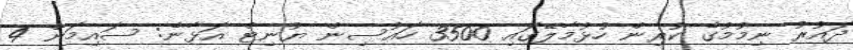
ދައުރު ނިމުމުގެ ކުރިން ހުޅުމާލޭގައި 3500 ހައުސިން ޔުނިޓް އަޅާނެ: ސައިމަން 4